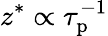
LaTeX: z^{\ast}\propto\tau_{\mathrm{p}}^{-1}